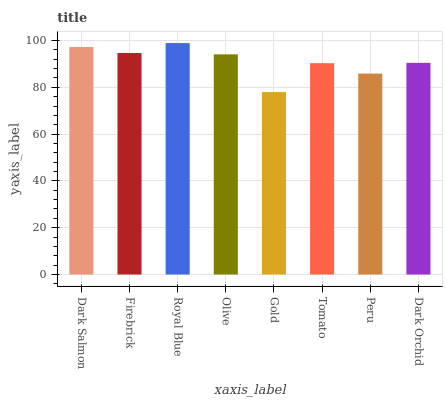
| xaxis_label | bars |
 | --- | --- |
 | Dark Salmon | 97.2 |
 | Firebrick | 94.7 |
 | Royal Blue | 98.9 |
 | Olive | 94.1 |
 | Gold | 78 |
 | Tomato | 90.3 |
 | Peru | 85.9 |
 | Dark Orchid | 90.5 |